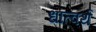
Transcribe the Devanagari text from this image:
धात्वर्थं